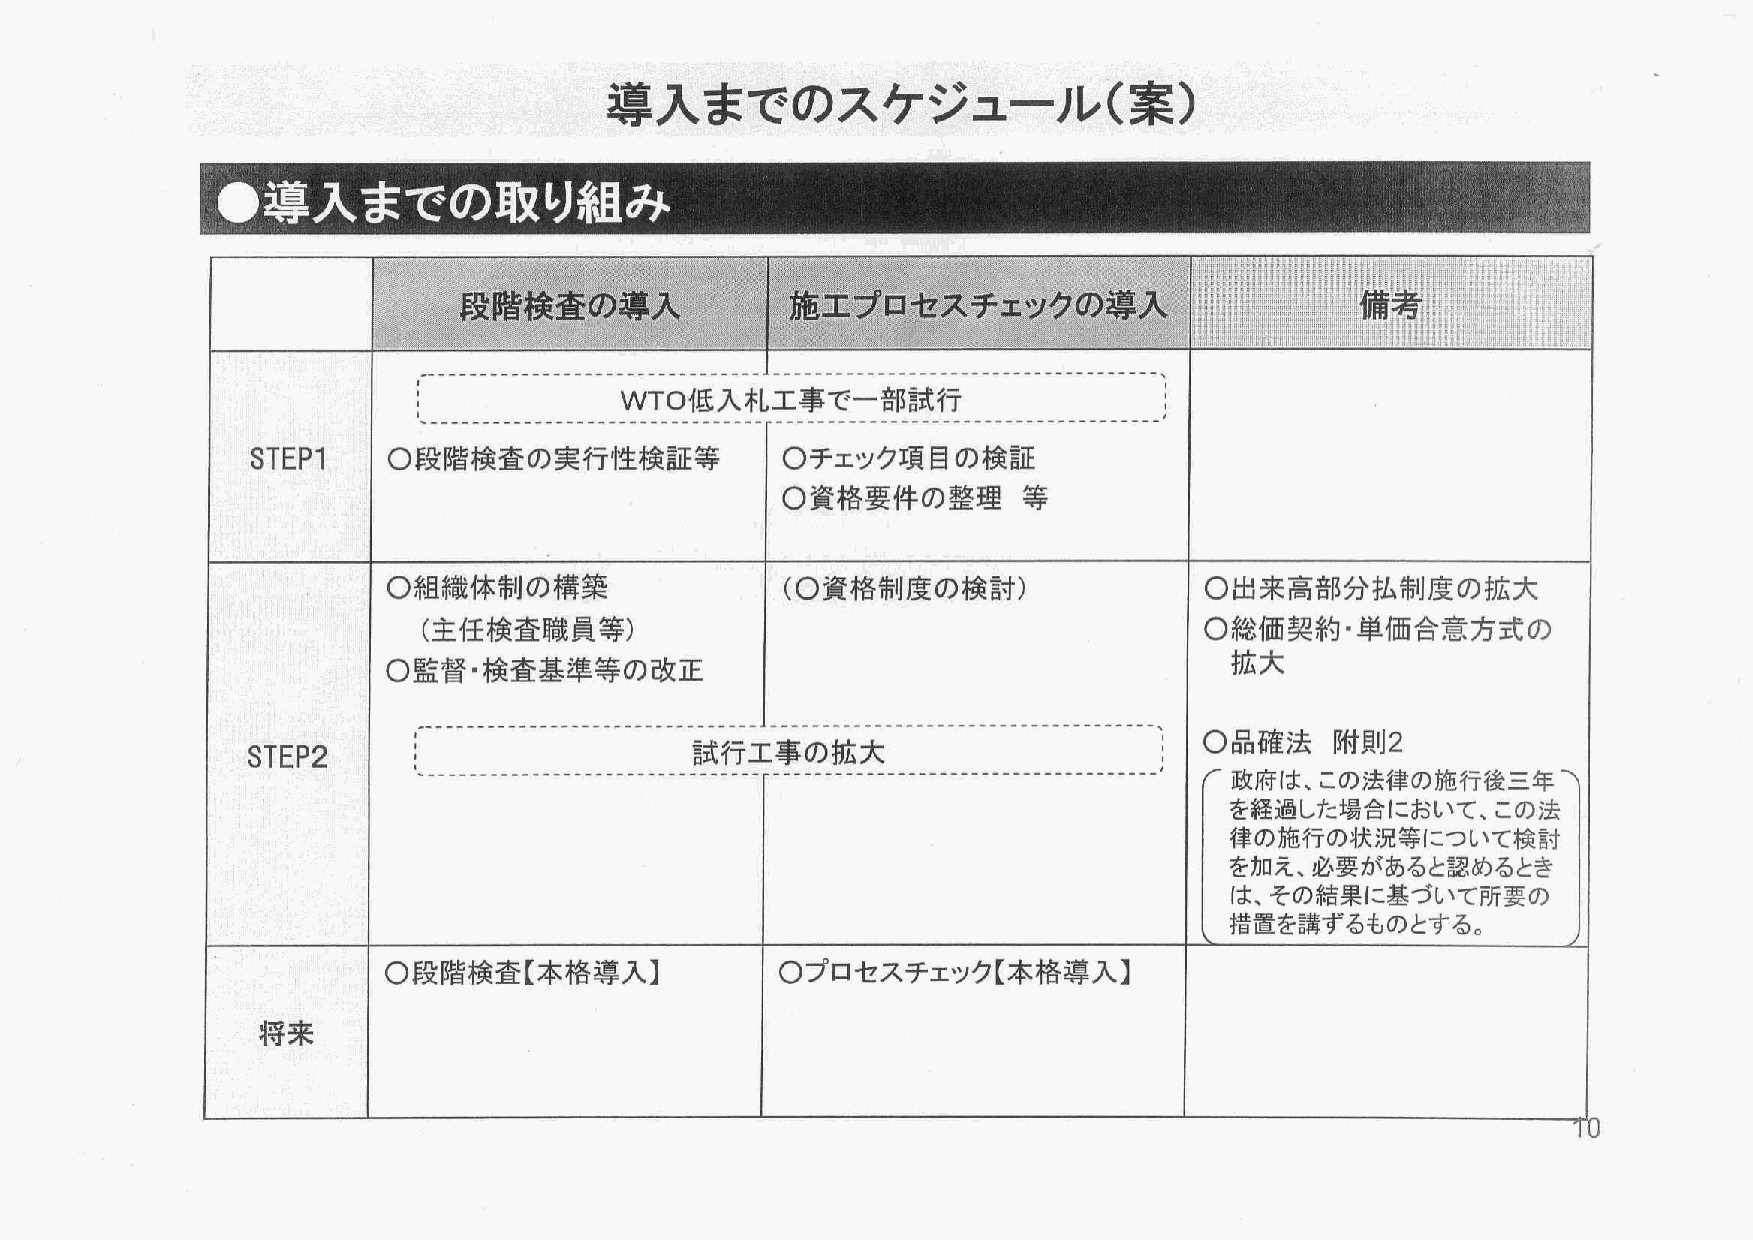
導入までのスケジュール(案)
 ………… lﾚj44ど 4441ぷ;4ﾋﾟん…… JｻV]…‘゛ …glyc ｡l宍 j゛゛ ･｀｀' ゛| 1｀゛ l(l
 lゼズヂ出う          入               備l l
 y
 ＩＩ
 ミミミ＝
 ―−１１
 ＷＴＯ低入札工事で一部試行
 STEPI     ○段階検査の実行性検証等              ○チェック項目の検証
 ○資格要件の整理等
 ○組織体制の構築                  (○資格制度の検討)                  ○出来高部分払制度の拡大
 (主任検査職員等)                                           ○総価契約･単価合意方式の
 拡大
 ○監督･検査基準等の改正
 〃＝                                                  ○品確法附則2
 STEP2                         試行工事の拡大
 政府は､この法律の施行後三年･
 を経過した場合において､この法
 律の施行の状況等について検討
 を加え､必要があると認めるとき
 は､その結果に基づいて所要の
 措置を講ずるものとする。
 ○段階検査【本格導入】               ○プロセスチェック【本格導入】
 将来